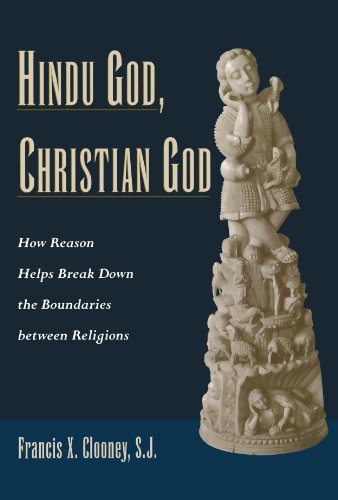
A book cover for Hindu God, Christian God: How Reason Helps Break Down the Boundaries between Religions; Francis Clooney; Christian Books & Bibles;